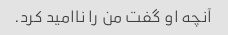
آنچه او گفت من را ناامید کرد.